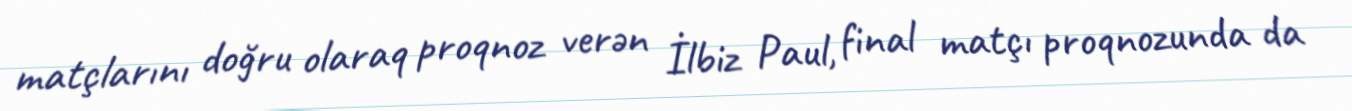
matçlarını doğru olaraq proqnoz verən İlbiz Paul, final matçı proqnozunda da